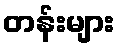
တန်းများ